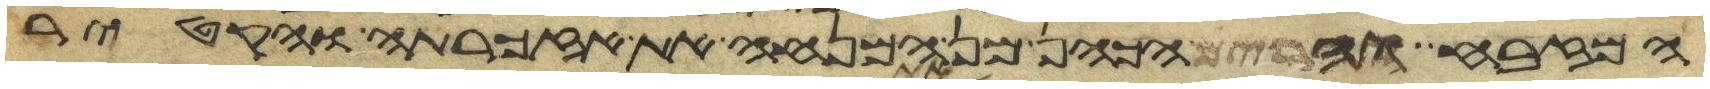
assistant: המזבח והרים הכהן מן המנחה את אזכרתה והקטיר